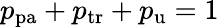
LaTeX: p_{\mathrm{pa}}+p_{\mathrm{tr}}+p_{\mathrm{u}}=1